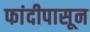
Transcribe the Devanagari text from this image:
फांदीपासून